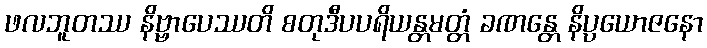
ဖလဘူတဿ နိဗ္ဗာပေဿတိ စတုဒီပပရိယန္တမတ္တံ ခဏန္တေ နိပ္ပယောဇနော